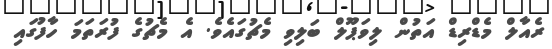
ރެއާލް މެޑްރިޑް އަތުން ލިވަޕޫލް ބަލިވި މެޗުގައެވެ. އެ މެޗުގެ ފުރަތަމަ ހާފުގައި